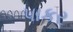
પાકર